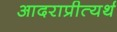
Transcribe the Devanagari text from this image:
आदराप्रीत्यर्थ